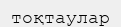
тоқтаулар